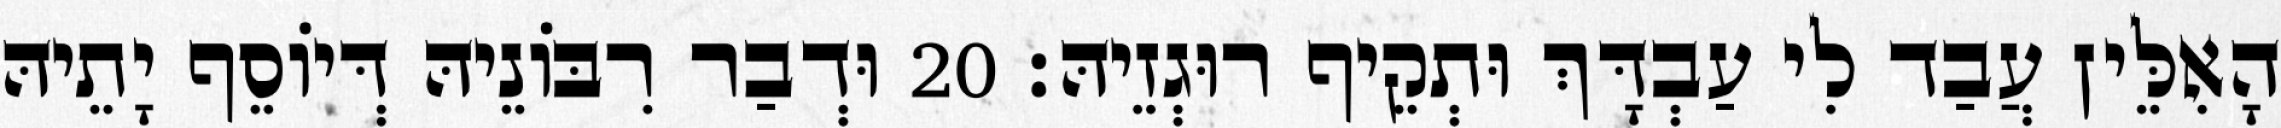
הָאִלֵּין עֲבַד לִי עַבְדָּךְ וּתְקֵיף רוּגְזֵיהּ׃ 20 וּדְבַר רִבּוֹנֵיהּ דְּיוֹסֵף יָתֵיהּ